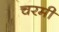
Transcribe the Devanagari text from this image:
चरमी